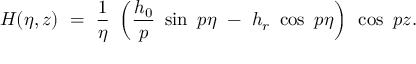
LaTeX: H ( \eta , z ) ~ = ~ \frac 1 \eta ~ \left( \frac { h _ { 0 } } p ~ \sin ~ p \eta ~ - ~ h _ { r } ~ \cos ~ p \eta \right) ~ \cos ~ p z .